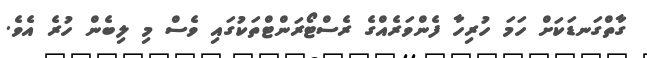
ގާތްގަނޑަކަށް ހަމަ ހުރިހާ ފެންވަރެއްގެ ރެސްޓޯރަންޓްތަކުގައި ވެސް މި ލިބެން ހުރެ އެވެ.